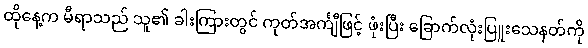
ထိုနေ့က မီရာသည် သူ၏ ခါးကြားတွင် ကုတ်အင်္ကျီဖြင့် ဖုံးပြီး ခြောက်လုံးပြူးသေနတ်ကို